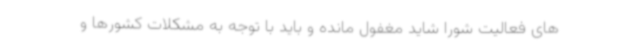
های فعالیت شورا شاید مغفول مانده و باید با توجه به مشکلات کشورها و